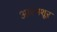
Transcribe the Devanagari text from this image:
आरंभशूर